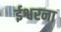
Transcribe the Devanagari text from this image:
ईश्वरना